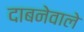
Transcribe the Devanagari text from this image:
दाबनेवाले